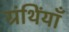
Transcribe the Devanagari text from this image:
ग्रंथिंयाँ